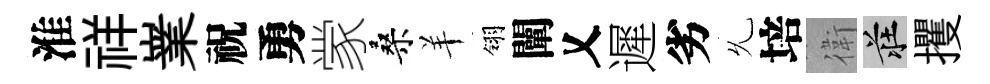
淮祥嶪祝勇䝉桑羊翎闡乂遲劣𠃔培衛莊攫